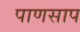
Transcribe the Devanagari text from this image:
पाणसाप